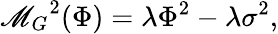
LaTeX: {\mathscr{M}_{G}}^{2}(\Phi)=\lambda{\Phi}^{2}-\lambda{\sigma}^{2},